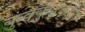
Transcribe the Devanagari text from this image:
कुक्कुडकोंबा